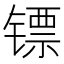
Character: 镖